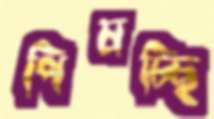
পিষচ্ছি